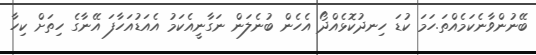
ބޭނުންވާނެކަމެއްތަ.ހަމަ ކުޑަ ހިނދުކޮޅެއްދޯ އެހެން ބުނެލަން ނަގާނީއެކަމު އެއަޑުއަހާފަ އޭނާގެ ހިތަށް ކިހާ